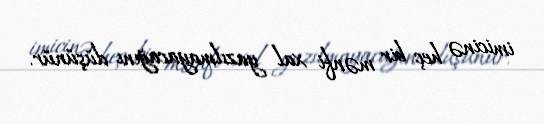
imicinə heç bir mənfi xal yazılmayacağını düşünür.